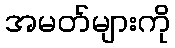
အမတ်များကို